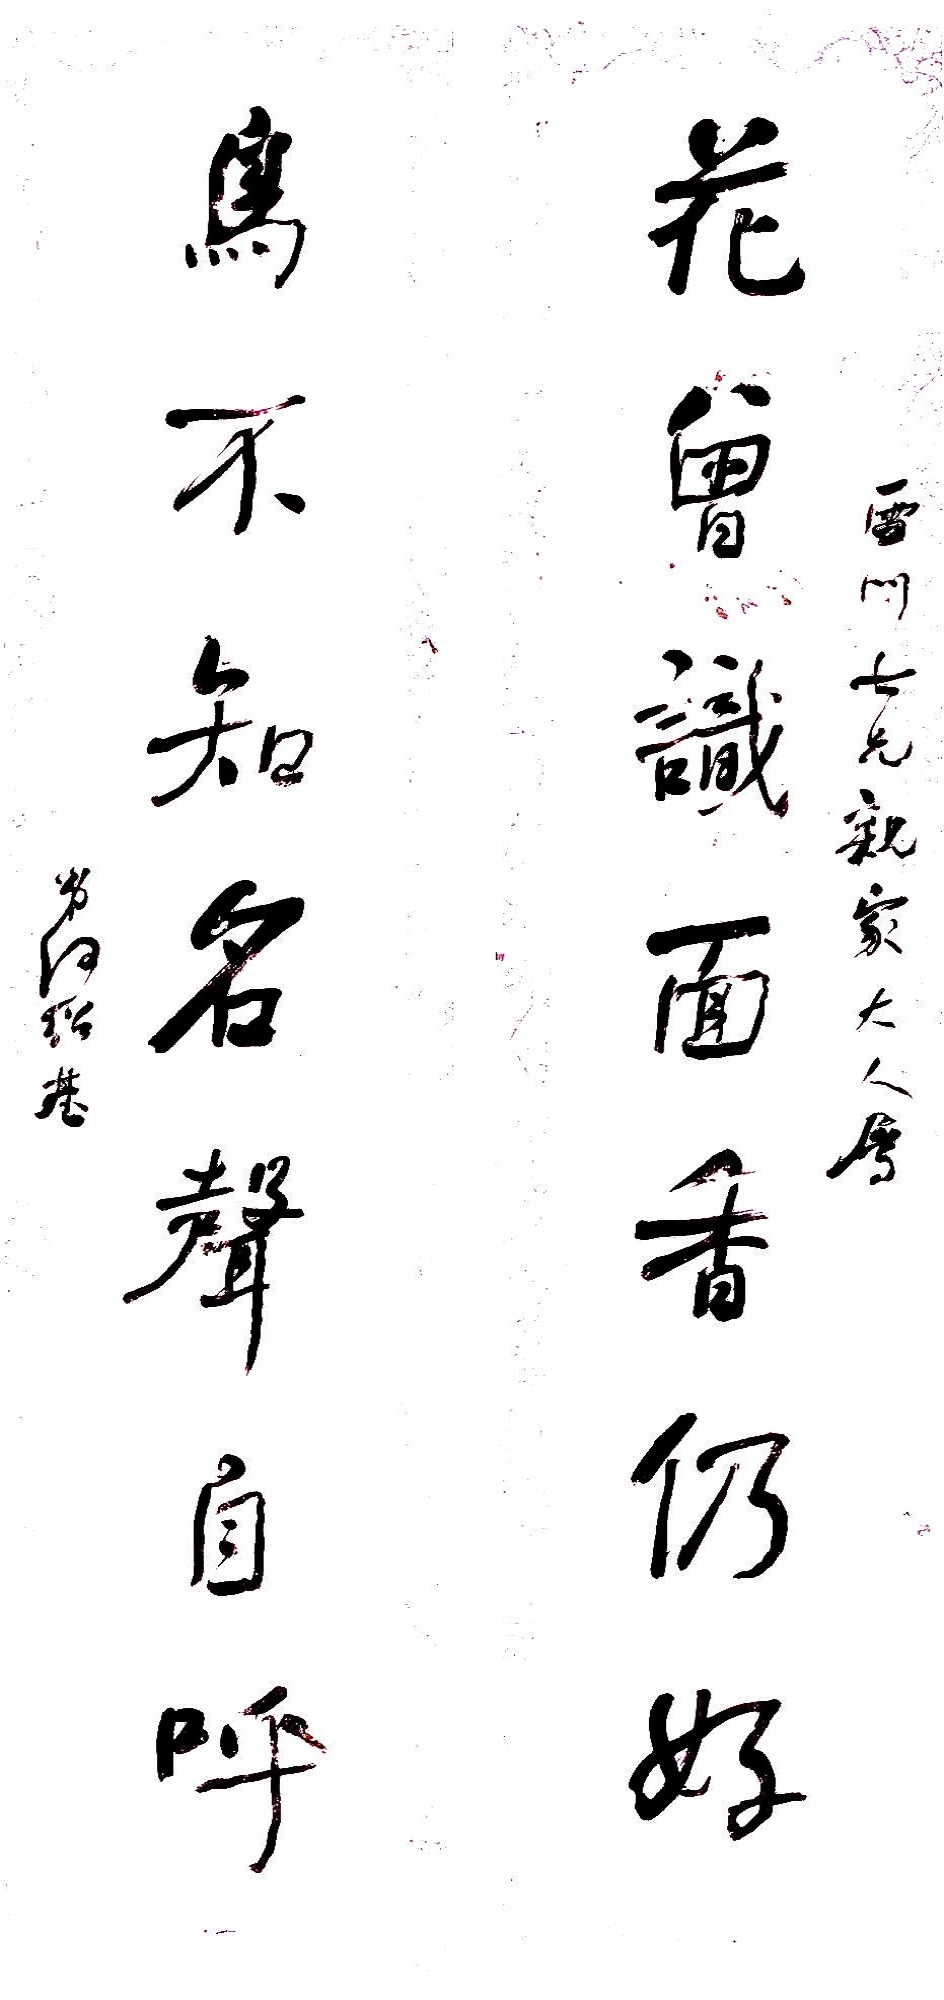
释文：花曾识面香仍好，鸟不知名声自呼。雪门七兄亲家大人属，弟何绍基。